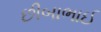
છીબાભાઈ